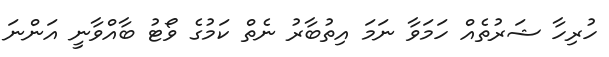
ހުރިހާ ޝަރުތެއް ހަމަވާ ނަމަ އިތުބާރު ނެތް ކަމުގެ ވޯޓު ބާއްވާނީ އަންނަ